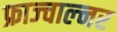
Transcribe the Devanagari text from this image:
फ्राज्चाल्नर